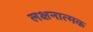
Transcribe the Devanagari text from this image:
लक्षनात्मक